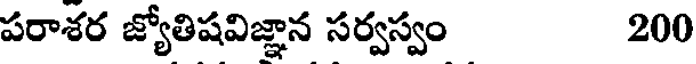
పరాశర జ్యోతిషవిజ్ఞాన సర్వస్వం 200